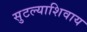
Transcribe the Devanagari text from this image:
सुटल्याशिवाय